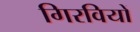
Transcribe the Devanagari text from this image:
गिरवियों